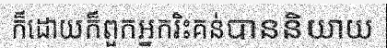
ក៏ដោយក៏ពួកអ្នករិះគន់បាននិយាយ